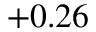
+ 0 . 2 6